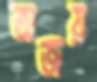
অজয়